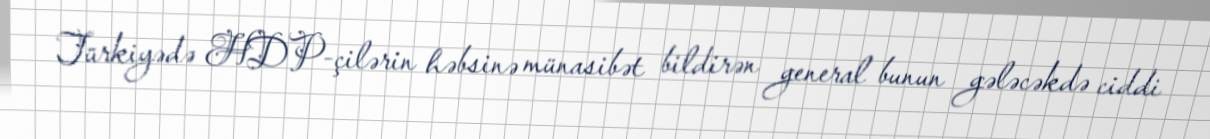
Türkiyədə HDP-çilərin həbsinə münasibət bildirən general bunun gələcəkdə ciddi